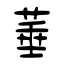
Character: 菙